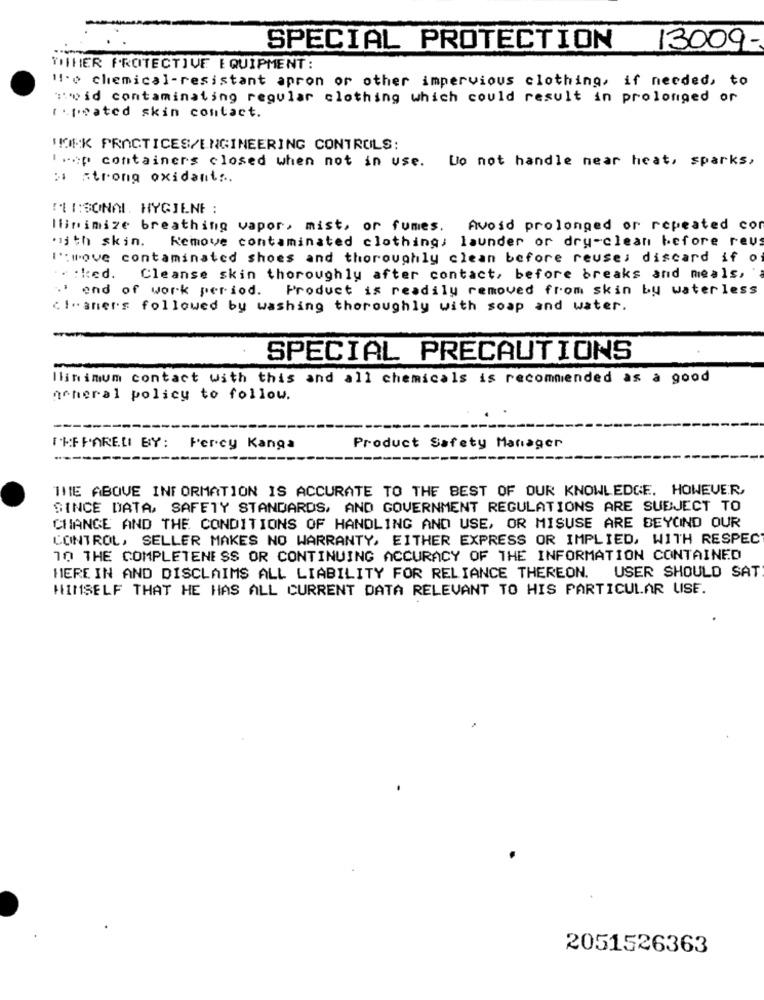
SPECIAL PROTECTION
13009-
TITHIER PROTECTIVE EQUIPMENT :
He chemical-resistant apron or other impervious clothing, if needed, to
Hvid contaminating regular clothing which could result in prolonged or
i-peated skin contact.
WORK PRACTICES/ENGINEERING CONTROLS:
Trop containers closed when not in use. Do not handle near heat, sparks,
: strong oxidant ...
! :: SONAL. HYGIENE :
Minimize breathing vapor, mist, or fumes. Avoid prolonged or repeated con
with skin.
Remove contaminated clothing, launder or dry-clean before rev
l':move contaminated shoes and thoroughly clean before reuses discard if o
.. : ked.
Cleanse skin thoroughly after contact, before breaks and meals,
' end of work period.
Product is readily removed from skin bu waterless
cleaners followed by washing thoroughly with soap and water.
SPECIAL PRECAUTIONS
Minimum contact with this and all chemicals is recommended as a good
acheral policy to follow.
THE FARELI BY:
Percy Kanga
Product Safety Manager
THE ABOVE INFORMATION IS ACCURATE TO THE BEST OF OUR KNOWLEDGE. HOWEVER,
SINCE DATA, SAFETY STANDARDS, AND GOVERNMENT REGULATIONS ARE SUBJECT TO
CHANGE AND THE CONDITIONS OF HANDLING AND USE, OR MISUSE ARE BEYOND OUR
CONTROL, SELLER MAKES NO WARRANTY, EITHER EXPRESS OR IMPLIED, WITH RESPECT
10 THE COMPLETENESS OR CONTINUING ACCURACY OF THE INFORMATION CONTAINED
HERE IN AND DISCLAIMS ALL LIABILITY FOR RELIANCE THEREON. USER SHOULD SAT
HIMSELF THAT HE HAS ALL CURRENT DATA RELEVANT TO HIS PARTICULAR USE.
2051526363